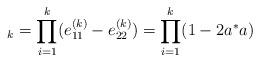
LaTeX: \begin{align*}_{k}=\prod_{i=1}^{k}(e_{11}^{(k)}-e_{22}^{(k)})=\prod_{i=1}^{k}(1-2a^{*}a)\end{align*}